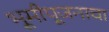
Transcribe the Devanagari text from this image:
भूमीपूजनाचा